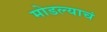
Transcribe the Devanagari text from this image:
मोडल्याचं